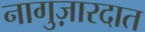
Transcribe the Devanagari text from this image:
नागुज़ारदात